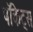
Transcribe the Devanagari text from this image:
पॉकेट्स